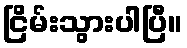
ငြိမ်းသွားပါပြီ။